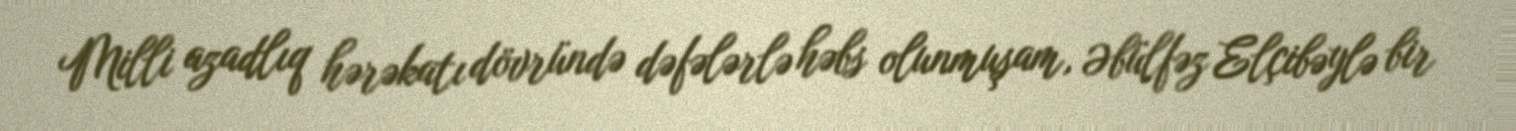
Milli azadlıq hərəkatı dövründə dəfələrlə həbs olunmuşam, Əbülfəz Elçibəylə bir